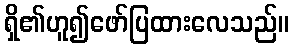
ရှိ၏ဟူ၍ဖော်ပြထားလေသည်။